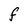
Character: F